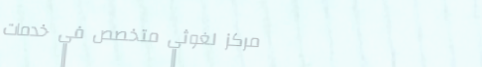
مركز لغوثي متخصص في خدمات